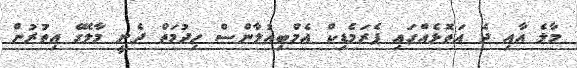
މާލެ އާއި ދެ އަތޮޅެއްގައި ޕެރަމެޑިކް އެމްބިއުލާންސް ހިދުމަތް ދެނީ މާލޭގެ އިތުރުން